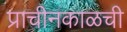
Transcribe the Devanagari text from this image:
प्राचीनकाळची